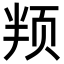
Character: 𬱙